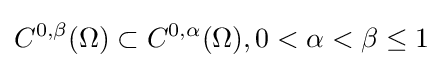
C^{0,\beta }(\Omega )\subset C^{0,\alpha }(\Omega ),0<\alpha <\beta \leq 1